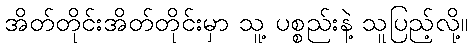
အိတ်တိုင်းအိတ်တိုင်းမှာ သူ့ ပစ္စည်းနဲ့ သူပြည့်လို့။